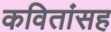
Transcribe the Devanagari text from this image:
कवितांसह